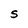
Character: S